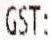
GST: